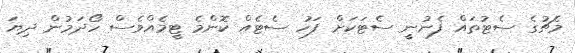
މެޗުގެ ސެޓުތައް ފެނުނީ ސެޓަކަށް ފަހު ސެޓެއް ކޮންމެ ޓީމެއްވެސް ހޯދަމުން ދިޔަ